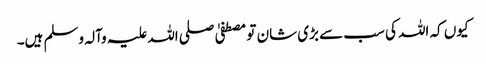
کیوں کہ اللہ کی سب سے بڑی شان تو مصطفیٰ صلی اللہ علیہ وآلہ وسلم ہیں۔